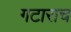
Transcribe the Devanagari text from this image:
गटाराच